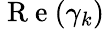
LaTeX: \mathrm{~R~e~}(\gamma_{k})